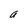
Character: a